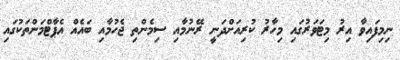
ނިމިފައިވާ އިރު މިޓަވަރުގައި މިހާރު ކުރިއަށްދަނީ ރޭނުމާއި ސިމެންތި ޖެހުމާއި ބައެއް އެޕާޓްމަންތަކުގައި